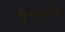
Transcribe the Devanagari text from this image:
भूभागातील